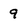
Character: 9